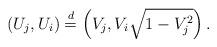
LaTeX: \begin{align*} (U_j,U_i) \stackrel d= \left(V_j,V_i\sqrt{1-V_j^2}\right).\end{align*}